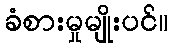
ခံစားမှုမျိုးပင်။